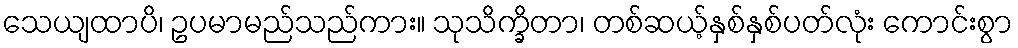
သေယျထာပိ၊ ဥပမာမည်သည်ကား။ သုသိက္ခိတာ၊ တစ်ဆယ့်နှစ်နှစ်ပတ်လုံး ကောင်းစွာ